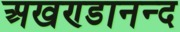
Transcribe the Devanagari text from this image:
अखण्डानन्द